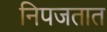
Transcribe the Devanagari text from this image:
निपजतात